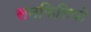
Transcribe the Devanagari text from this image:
सनफिलिपो